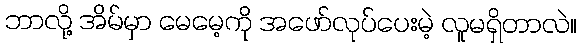
ဘာလို့ အိမ်မှာ မေမေ့ကို အဖော်လုပ်ပေးမဲ့ လူမရှိတာလဲ။